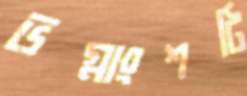
ভগ্নাংশটি